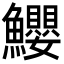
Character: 𩽢